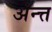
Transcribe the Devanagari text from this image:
अन्त्त